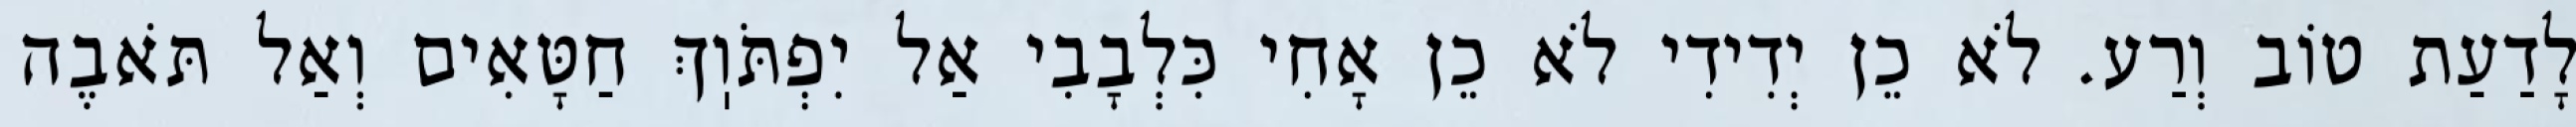
לָדַעַת טוֹב וְרַע. לֹא כֵן יְדִידִי לֹא כֵן אָחִי כִּלְבָבִי אַל יִפְתֹּוֽךְ חַטָּאִים וְאַל תֹּאבֶה